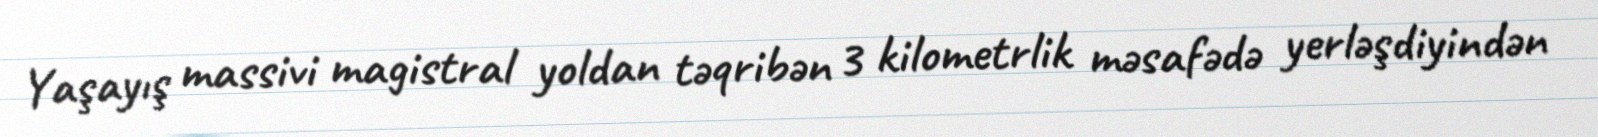
Yaşayış massivi magistral yoldan təqribən 3 kilometrlik məsafədə yerləşdiyindən